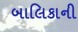
બાલિકાની